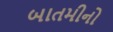
બાતમીનો